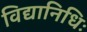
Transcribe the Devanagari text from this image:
विद्यानिधिः